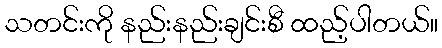
သတင်းကို နည်းနည်းချင်းစီ ထည့်ပါတယ်။